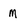
Character: M